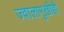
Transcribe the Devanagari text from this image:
ज्वालामुखीही